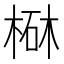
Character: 㮟